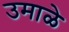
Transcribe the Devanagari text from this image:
उमाळे